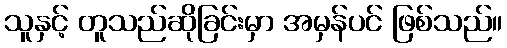
သူနှင့် တူသည်ဆိုခြင်းမှာ အမှန်ပင် ဖြစ်သည်။